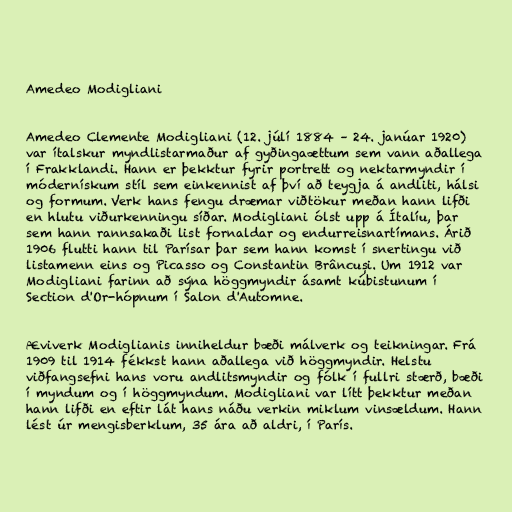
Amedeo Modigliani

Amedeo Clemente Modigliani (12. júlí 1884 – 24. janúar 1920)
var ítalskur myndlistarmaður af gyðingaættum sem vann aðallega
í Frakklandi. Hann er þekktur fyrir portrett og nektarmyndir í
módernískum stíl sem einkennist af því að teygja á andliti, hálsi
og formum. Verk hans fengu dræmar viðtökur meðan hann lifði
en hlutu viðurkenningu síðar. Modigliani ólst upp á Ítalíu, þar
sem hann rannsakaði list fornaldar og endurreisnartímans. Árið
1906 flutti hann til Parísar þar sem hann komst í snertingu við
listamenn eins og Picasso og Constantin Brâncuși. Um 1912 var
Modigliani farinn að sýna höggmyndir ásamt kúbistunum í
Section d'Or-hópnum í Salon d'Automne.

Æviverk Modiglianis inniheldur bæði málverk og teikningar. Frá
1909 til 1914 fékkst hann aðallega við höggmyndir. Helstu
viðfangsefni hans voru andlitsmyndir og fólk í fullri stærð, bæði
í myndum og í höggmyndum. Modigliani var lítt þekktur meðan
hann lifði en eftir lát hans náðu verkin miklum vinsældum. Hann
lést úr mengisberklum, 35 ára að aldri, í París.